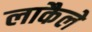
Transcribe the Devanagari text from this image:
लाकैले